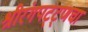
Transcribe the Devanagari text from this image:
श्रीरंगपट्ट्णचा